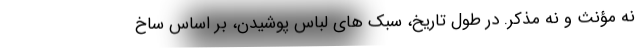
نه مؤنث و نه مذکر. در طول تاریخ، سبک های لباس پوشیدن، بر اساس ساخ